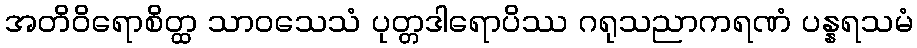
အတိဝိရောစိတ္ထ သာဝသေသံ ပုတ္တဒါရောပိဿ ဂရုသညာကရဏံ ပန္နရသမံ